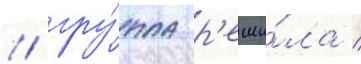
/ гру́ппа р'еши́ла /